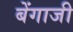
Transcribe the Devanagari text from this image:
बेंगाजी